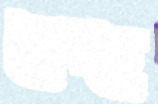
নেংচে